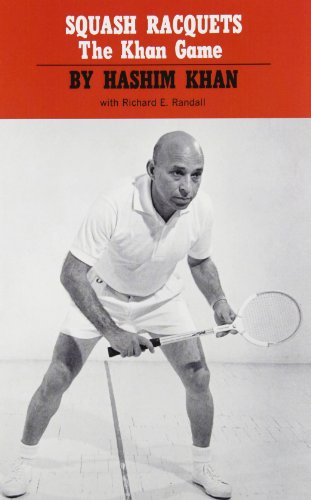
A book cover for Squash Racquets: The Khan Game; Hashim Khan; Sports & Outdoors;